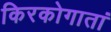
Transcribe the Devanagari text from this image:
किरकोगातां